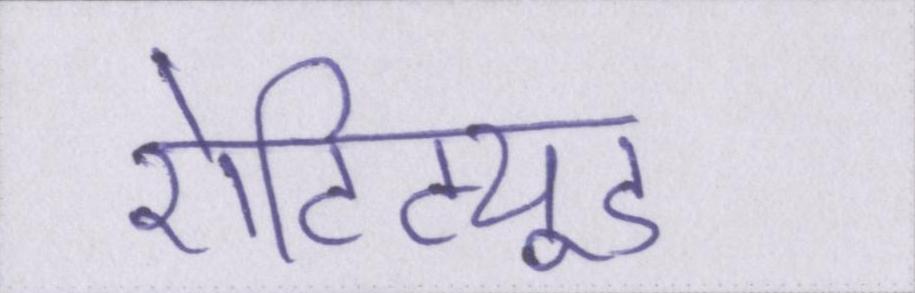
ऐटिट्यूड